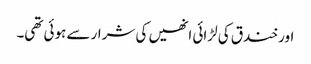
اور خندق کی لڑائی انھیں کی شرار سے ہوئی تھی۔